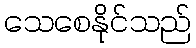
သေစေနိုင်သည်